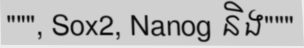
""", Sox2, Nanog និង"""